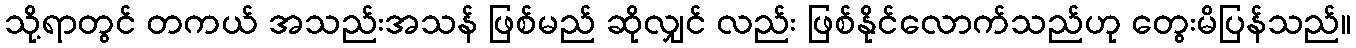
သို့ရာတွင် တကယ် အသည်းအသန် ဖြစ်မည် ဆိုလျှင် လည်း ဖြစ်နိုင်လောက်သည်ဟု တွေးမိပြန်သည်။